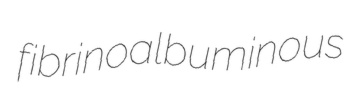
fibrinoalbuminous